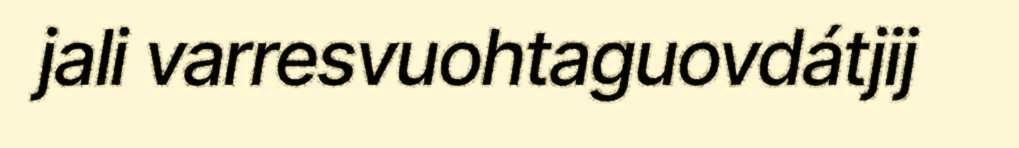
jali varresvuohtaguovdátjij